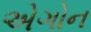
એગોન